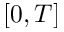
[ 0 , T ]